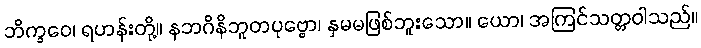
ဘိက္ခဝေ၊ ရဟန်းတို့။ နဘဂိနိဘူတပုဗ္ဗော၊ နှမမဖြစ်ဘူးသော။ ယော၊ အကြင်သတ္တဝါသည်။